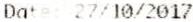
DATE: 27/10/2017